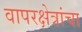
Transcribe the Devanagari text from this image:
वापरक्षेत्रांचा